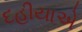
દહીયાએ